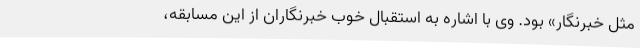
مثل خبرنگار» بود. وی با اشاره به استقبال خوب خبرنگاران از این مسابقه،